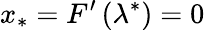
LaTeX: x_{*}=F^{\prime}\left(\lambda^{*}\right)=0